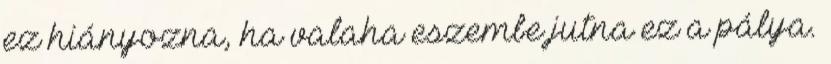
ez hiányozna, ha valaha eszembe jutna ez a pálya.